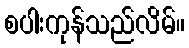
စပါးကုန်သည်လိမ်။